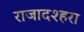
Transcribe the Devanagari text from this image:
राजादश्हरा